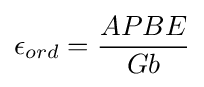
\epsilon _{ord}={\frac {APBE}{Gb}}